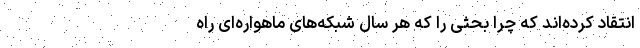
انتقاد کرده‌اند که چرا بحثی را که هر سال شبکه‌های ماهواره‌ای راه